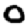
Digit: 0